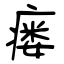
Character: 瘘